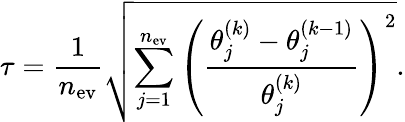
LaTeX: \tau=\frac{1}{n_{\mathrm{ev}}}\sqrt{\sum_{j=1}^{n_{\mathrm{ev}}}{\left(\frac{\theta_{j}^{(k)}-\theta_{j}^{(k-1)}}{\theta_{j}^{(k)}}\right)^{2}}}.